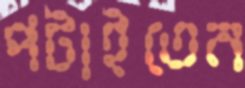
পটাইতেন